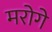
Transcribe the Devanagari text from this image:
मरोगे